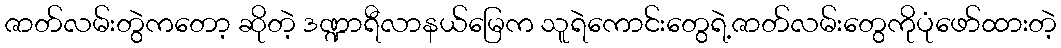
ဇာတ်လမ်းတွဲကတော့ ဆိုတဲ့ ဒဏ္ဍာရီလာနယ်မြေက သူရဲကောင်းတွေရဲ့ဇာတ်လမ်းတွေကိုပုံဖော်ထားတဲ့